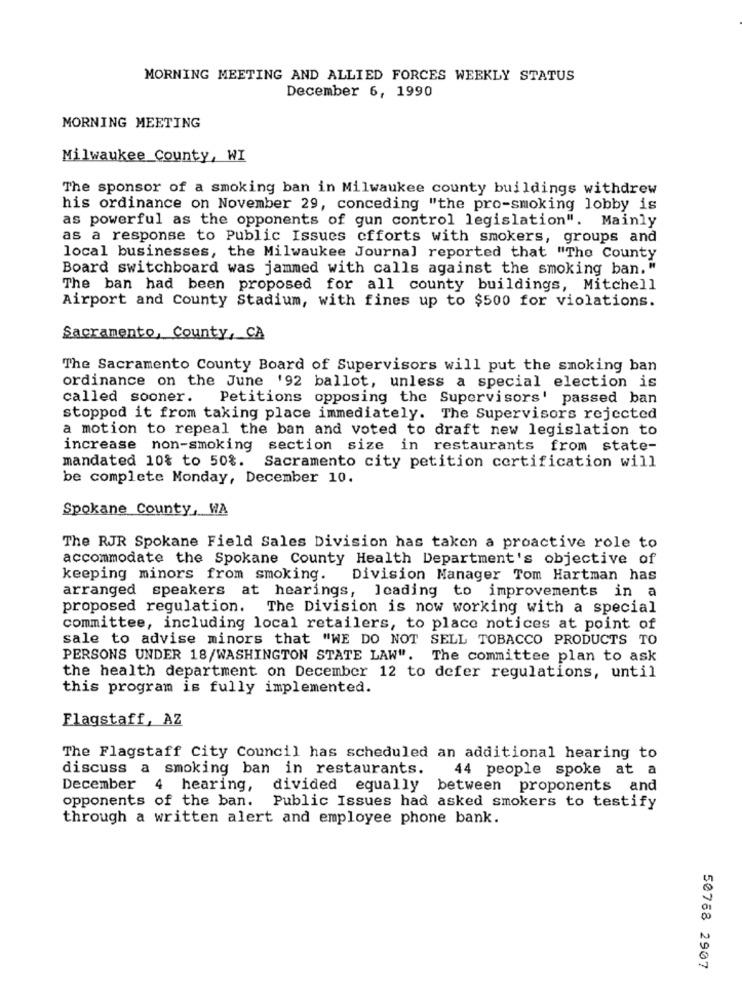
MORNING MEETING AND ALLIED FORCES WEEKLY STATUS
December 6, 1990
MORNING MEETING
Milwaukee County, WI
The sponsor of a smoking ban in Milwaukee county buildings withdrew
his ordinance on November 29, conceding "the pro-smoking lobby is
as powerful as the opponents of gun control legislation". Mainly
as a response to Public Issues cfforts with smokers, groups and
local businesses, the Milwaukee Journal reported that "The County
Board switchboard was jammed with calls against the smoking ban."
The ban had been proposed for all county buildings, Mitchell
Airport and County Stadium, with fines up to $500 for violations.
Sacramento, County, CA
The Sacramento County Board of Supervisors will put the smoking ban
ordinance on the June '92 ballot, unless a special election is
called sooner. Petitions opposing the Supervisors' passed ban
stopped it from taking place immediately. The Supervisors rejected
a motion to repeal the ban and voted to draft new legislation to
increase non-smoking section size in restaurants from state-
mandated 10% to 50%.
Sacramento city petition certification will
be complete Monday, December 10.
Spokane County, WA
The RJR Spokane Field Sales Division has taken a proactive role to
accommodate the Spokane County Health Department's objective of
keeping minors from smoking.
Division Manager Tom Hartman has
arranged speakers at hearings, loading to improvements in a
proposed regulation. The Division is now working with a special
committee, including local retailers, to place notices at point of
sale to advise minors that "WE DO NOT SELL TOBACCO PRODUCTS TO
PERSONS UNDER 18/WASHINGTON STATE LAW". The committee plan to ask
the health department on December 12 to defer regulations, until
this program is fully implemented.
Flagstaff, AZ
The Flagstaff City Council has scheduled an additional hearing to
discuss a smoking ban in restaurants.
44 people spoke at a
December 4
hearing, divided equally between proponents and
opponents of the ban. Public Issues had asked smokers to testify
through a written alert and employee phone bank.
50768 2907